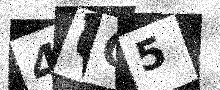
Text: 40O5